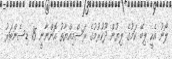
ލޯނު އެހީ ލިބޭ ކަމުގެ ލިޔުން ދޫކުރުމުގެ ރަސްމިއްޔާތު އޮންނާނީ 15 ޑިސެންބަރު